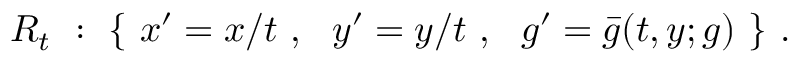
R _ { t } ~ : ~ \{ ~ x ^ { \prime } = x / t ~ , ~ ~ y ^ { \prime } = y / t ~ , ~ ~ g ^ { \prime } = \bar { g } ( t , y ; g ) ~ \} ~ .